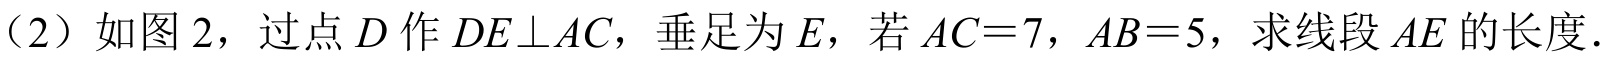
（2）如图 2，过点$D$作$DE\perp AC$，垂足为$E$，若$AC = 7$，$AB = 5$，求线段$AE$的长度.